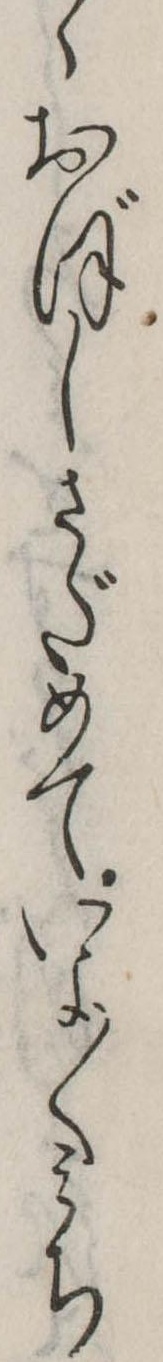
ゝおぼしさだめていよ〱みち